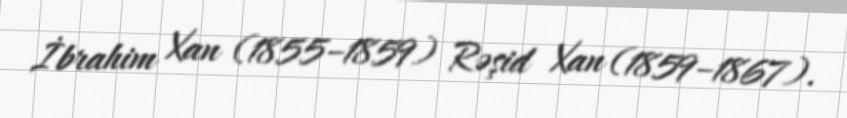
İbrahim Xan (1855–1859) Rəşid Xan (1859–1867).